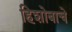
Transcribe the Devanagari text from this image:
हिशोबाचे